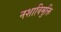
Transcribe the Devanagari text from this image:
नशाविमुक्ति